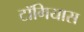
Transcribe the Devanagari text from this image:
टॉगियास